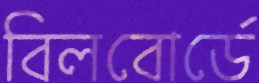
বিলবোর্ডে